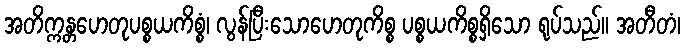
အတိက္ကန္တဟေတုပစ္စယကိစ္စံ၊ လွန်ပြီးသောဟေတုကိစ္စ ပစ္စယကိစ္စရှိသော ရုပ်သည်။ အတီတံ၊